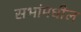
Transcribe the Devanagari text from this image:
सभांमधील